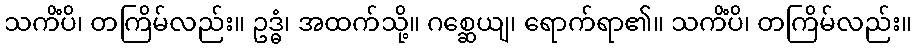
သကိံပိ၊ တကြိမ်လည်း။ ဥဒ္ဓံ၊ အထက်သို့။ ဂစ္ဆေယျ၊ ရောက်ရာ၏။ သကိံပိ၊ တကြိမ်လည်း။